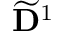
\widetilde { \mathbf { D } } ^ { 1 }